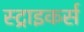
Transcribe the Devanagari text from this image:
स्‍ट्राइकर्स